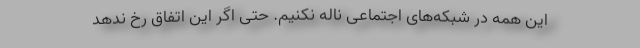
این همه در شبکه‌های اجتماعی ناله نکنیم. حتی اگر این اتفاق رخ ندهد